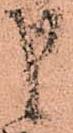
申